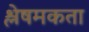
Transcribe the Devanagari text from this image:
श्लेषमकता